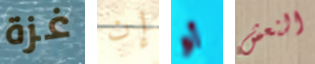
غزة إن أو النعش